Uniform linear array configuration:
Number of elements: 16
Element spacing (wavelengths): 0.75
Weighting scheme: exponential
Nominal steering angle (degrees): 30
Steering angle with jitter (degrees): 29.778
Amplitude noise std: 0.05
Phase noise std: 0.05

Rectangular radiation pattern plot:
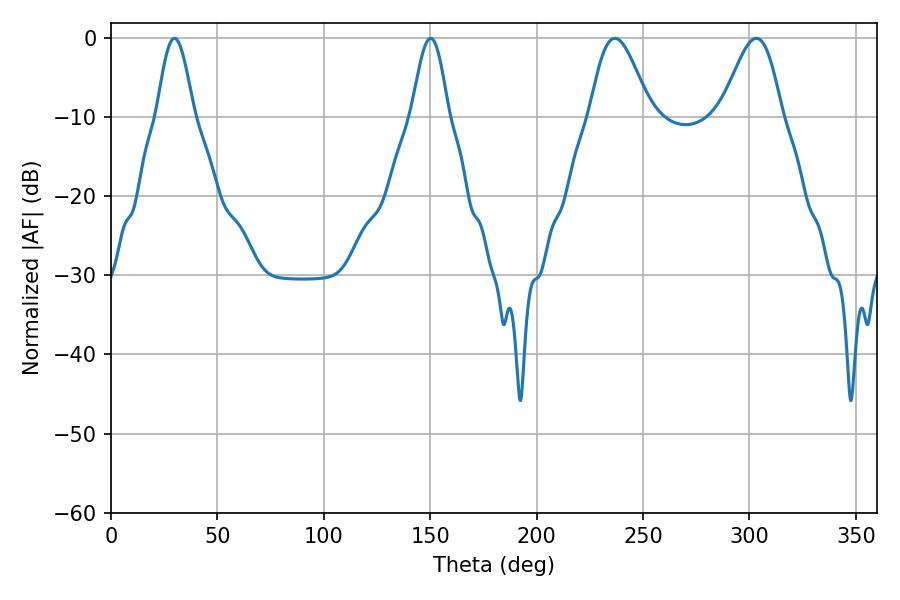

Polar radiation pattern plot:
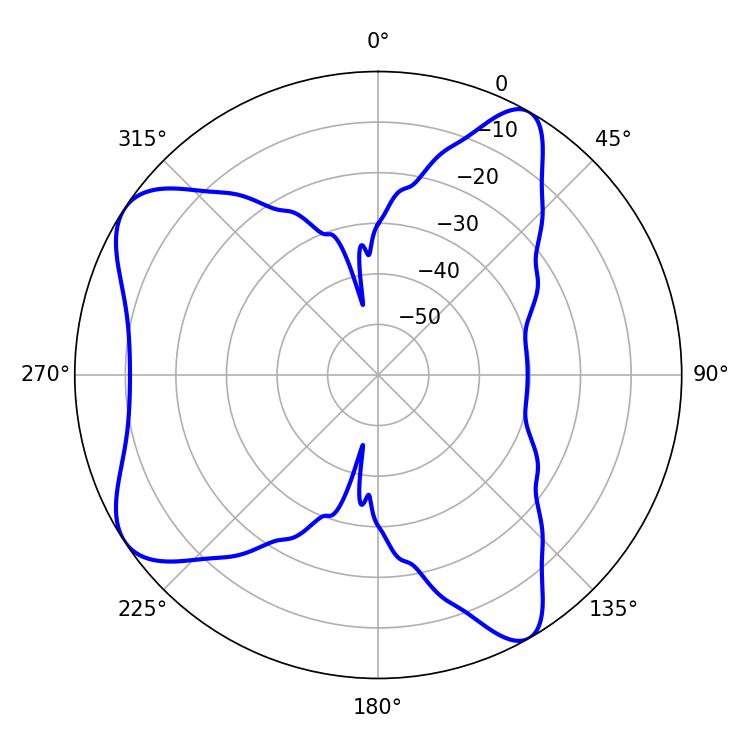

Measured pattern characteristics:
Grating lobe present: TRUE
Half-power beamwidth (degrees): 15.12
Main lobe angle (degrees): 236.7